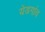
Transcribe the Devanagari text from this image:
येडगांव